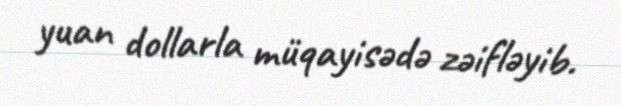
yuan dollarla müqayisədə zəifləyib.